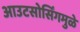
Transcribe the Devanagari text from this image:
आउटसोर्सिंगमुळे